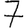
Digit: 7